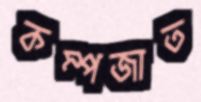
কম্পজাত